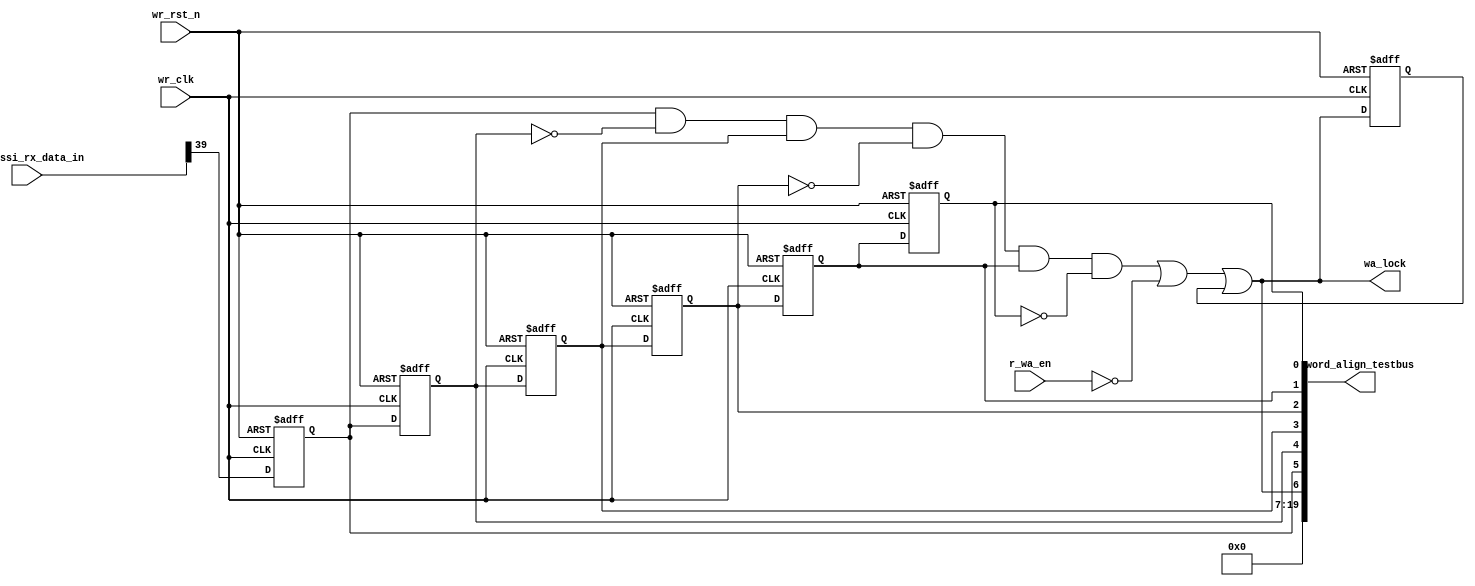
// This program was cloned from: https://github.com/chipsalliance/aib-phy-hardware
// License: Apache License 2.0

// SPDX-License-Identifier: Apache-2.0
// Copyright (C) 2019 Intel Corporation. 
//------------------------------------------------------------------------
//
//------------------------------------------------------------------------
// File:        
// Revision:    
// Date:        
//------------------------------------------------------------------------
// Description: 
//
//------------------------------------------------------------------------


module aib_adaptrxdp_word_align 
  #(
    parameter DWIDTH = 'd40             // FIFO Input data width 
    )
    (
    input  wire               wr_clk,      	  // clock
    input  wire               wr_rst_n,       	  // async reset
    input  wire               r_wa_en,            // Word-align enable  
    input  wire [DWIDTH-1:0]  aib_hssi_rx_data_in,    // Write Data In
    output wire		      wa_lock,		  // Go to FIFO, status reg
    output wire [19:0]	      word_align_testbus
    );
    

reg		        wm_bit;
reg		        wm_bit_d1;
reg		        wm_bit_d2;
reg		        wm_bit_d3;
reg		        wm_bit_d4;
reg		        wm_bit_d5;
reg			wa_lock_lt;
wire			wa_lock_int;
//********************************************************************
// Main logic 
//********************************************************************



//Word-align
always @(negedge wr_rst_n or posedge wr_clk) begin
   if (wr_rst_n == 1'b0) begin
     wm_bit 	 <= 1'b0;
     wm_bit_d1 <= 1'b0;
     wm_bit_d2 <= 1'b0;
     wm_bit_d3 <= 1'b0;
     wm_bit_d4 <= 1'b0;
     wm_bit_d5 <= 1'b0;
   end
   else begin
     wm_bit 	 <= aib_hssi_rx_data_in[39];
     wm_bit_d1 <= wm_bit;
     wm_bit_d2 <= wm_bit_d1;
     wm_bit_d3 <= wm_bit_d2;
     wm_bit_d4 <= wm_bit_d3;
     wm_bit_d5 <= wm_bit_d4;
   end
end

always @(negedge wr_rst_n or posedge wr_clk) begin
   if (wr_rst_n == 1'b0) begin
     wa_lock_lt 	 <= 1'b0;
   end
   else begin
     wa_lock_lt 	 <= wa_lock_int || wa_lock_lt;
   end
end

assign wa_lock_int = wm_bit && ~wm_bit_d1 && wm_bit_d2 && ~wm_bit_d3 && wm_bit_d4 && ~wm_bit_d5 || ~r_wa_en;

assign wa_lock = wa_lock_int || wa_lock_lt;



assign word_align_testbus = {13'd0, wa_lock, wm_bit, wm_bit_d1, wm_bit_d2, wm_bit_d3, wm_bit_d4, wm_bit_d5};
  
endmodule